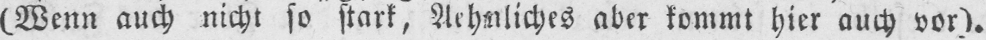
(Wenn auch nicht so stark, Aehnliches aber kommt hier auch vor).